Civil Veterinary Department. Central Provinces & Berar 1925-31 - 1925-1931
Year: 1925
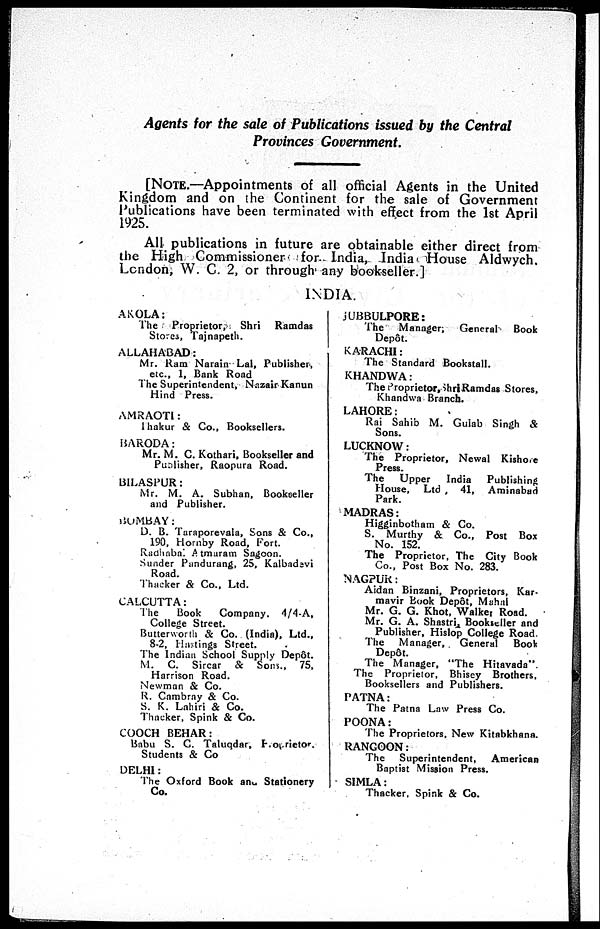
Agents for the sale of Publications issued by the Central
Provinces Government.
[NOTE.—Appointments of all official Agents in the United
Kingdom and on the Continent for the sale of Government
Publications have been terminated with effect from the 1st April
1925.
All publications in future are obtainable either direct from
the High Commissioner for.. India, India House Aldwych.
London, W. C. 2, or through any bookseller.]
INDIA.
AKOLA:
The Proprietor, Shri Ramdas
Stores, Tajnapeth.
ALLAHABAD:
Mr. Ram Narain Lal, Publisher,
etc., 1. Bank Road
The Superintendent, Nazair Kanun
Hind Press.
AMRAOTI:
Thakur & Co., Booksellers.
BARODA:
Mr. M. C. Kothari, Bookseller and
Publisher, Raopura Road.
BILASPUR:
Mr. M. A. Subhan, Bookseller
and Publisher.
BOMBAY :
D. B. Taraporevala, Sons & Co.,
190, Hornby Road, Fort.
Radhabai Atmaram Sagoon.
Sunder Pandurung, 25, Kalbadevi
Road.
Thacker & Co., Ltd.
CALCUTTA:
The
Book
Company. 4/4-A,
College Street.
Butterworth & Co. (India), Ltd.,
8-2. Hastings Street.
The Indian School Supply Depôt.
M. C. Sircar & Sons., 75,
Harrison Road.
Newman & Co.
R. Cambray & Co.
S. K. Lahiri & Co.
Thacker, Spink & Co.
COOCH BEHAR:
Babu S. C. Taluqdar,
Proprietor.
Students & Co
DELHI:
The Oxford Book and Stationery
Co.
JUBBULPORE:
The Manager; General
Book
Depôt.
KARACHI:
The Standard Bookstall.
KHANDWA:
The Proprietor, Shri Ramdas Stores,
Khandwa Branch.
LAHORE:
Rai Sahib M. Gulab Singh &
Sons.
LUCKNOW:
The Proprietor, Newal Kishore
Press.
The
Upper
India
Publishing
House, Ltd , 41, Aminabad
Park.
MADRAS:
Higginbotham & Co.
S. Murthy & Co., Post Box
No. 152.
The Proprietor, The City Book
Co., Post Box No. 283.
NAGPUR:
Aidan Binzani, Proprietors, Kar-
mavir Book Depôt, Mahal
Mr. G. G. Khot. Walker Road.
Mr. G. A. Shastri Bookseller and
Publisher, Hislop College Road
The
Manager, General
Book
Depôt.
The Manager, "The Hitavada"
The Proprietor, Bhisey Brothers.
Booksellers and Publishers.
PATNA:
The Patna Law Press Co.
POONA:
The Proprietors, New Kitabkhana.
RANGOON:
The Superintendent,
American
Baptist Mission Press.
SIMLA:
Thacker. Spink & Co.